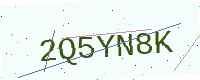
Text: 2Q5YN8K